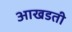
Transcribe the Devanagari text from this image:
आखडती